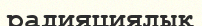
радияциялық